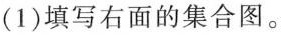
(1)填写右面的集合图。